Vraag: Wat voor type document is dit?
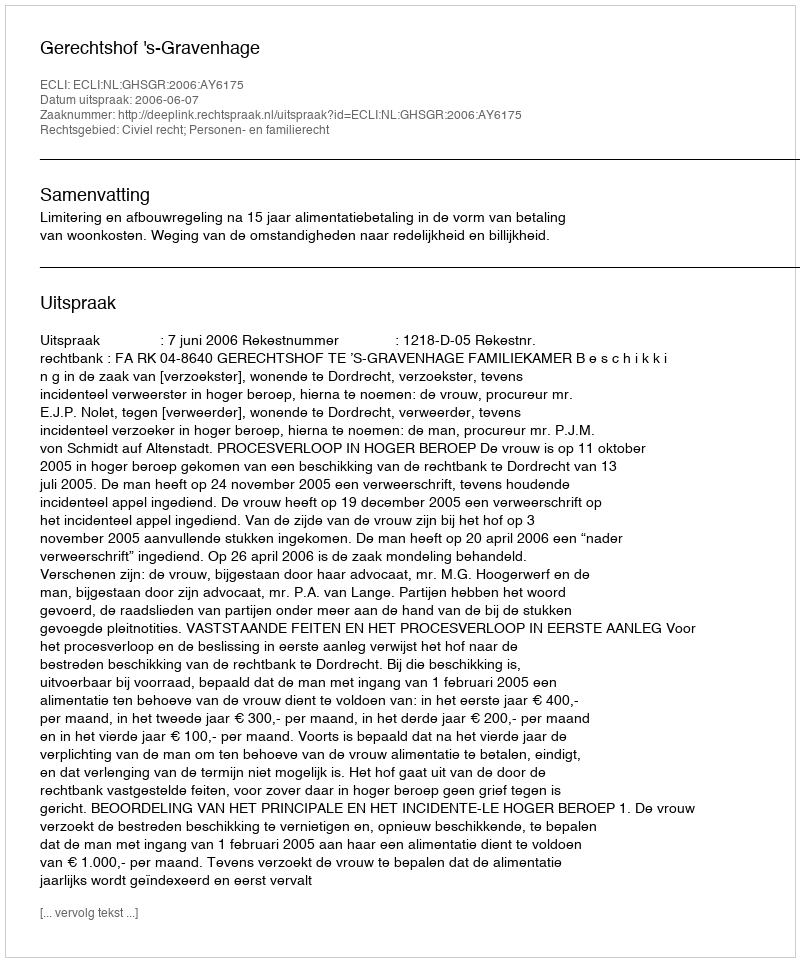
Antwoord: Uitspraak